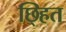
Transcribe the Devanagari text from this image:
छ्हित